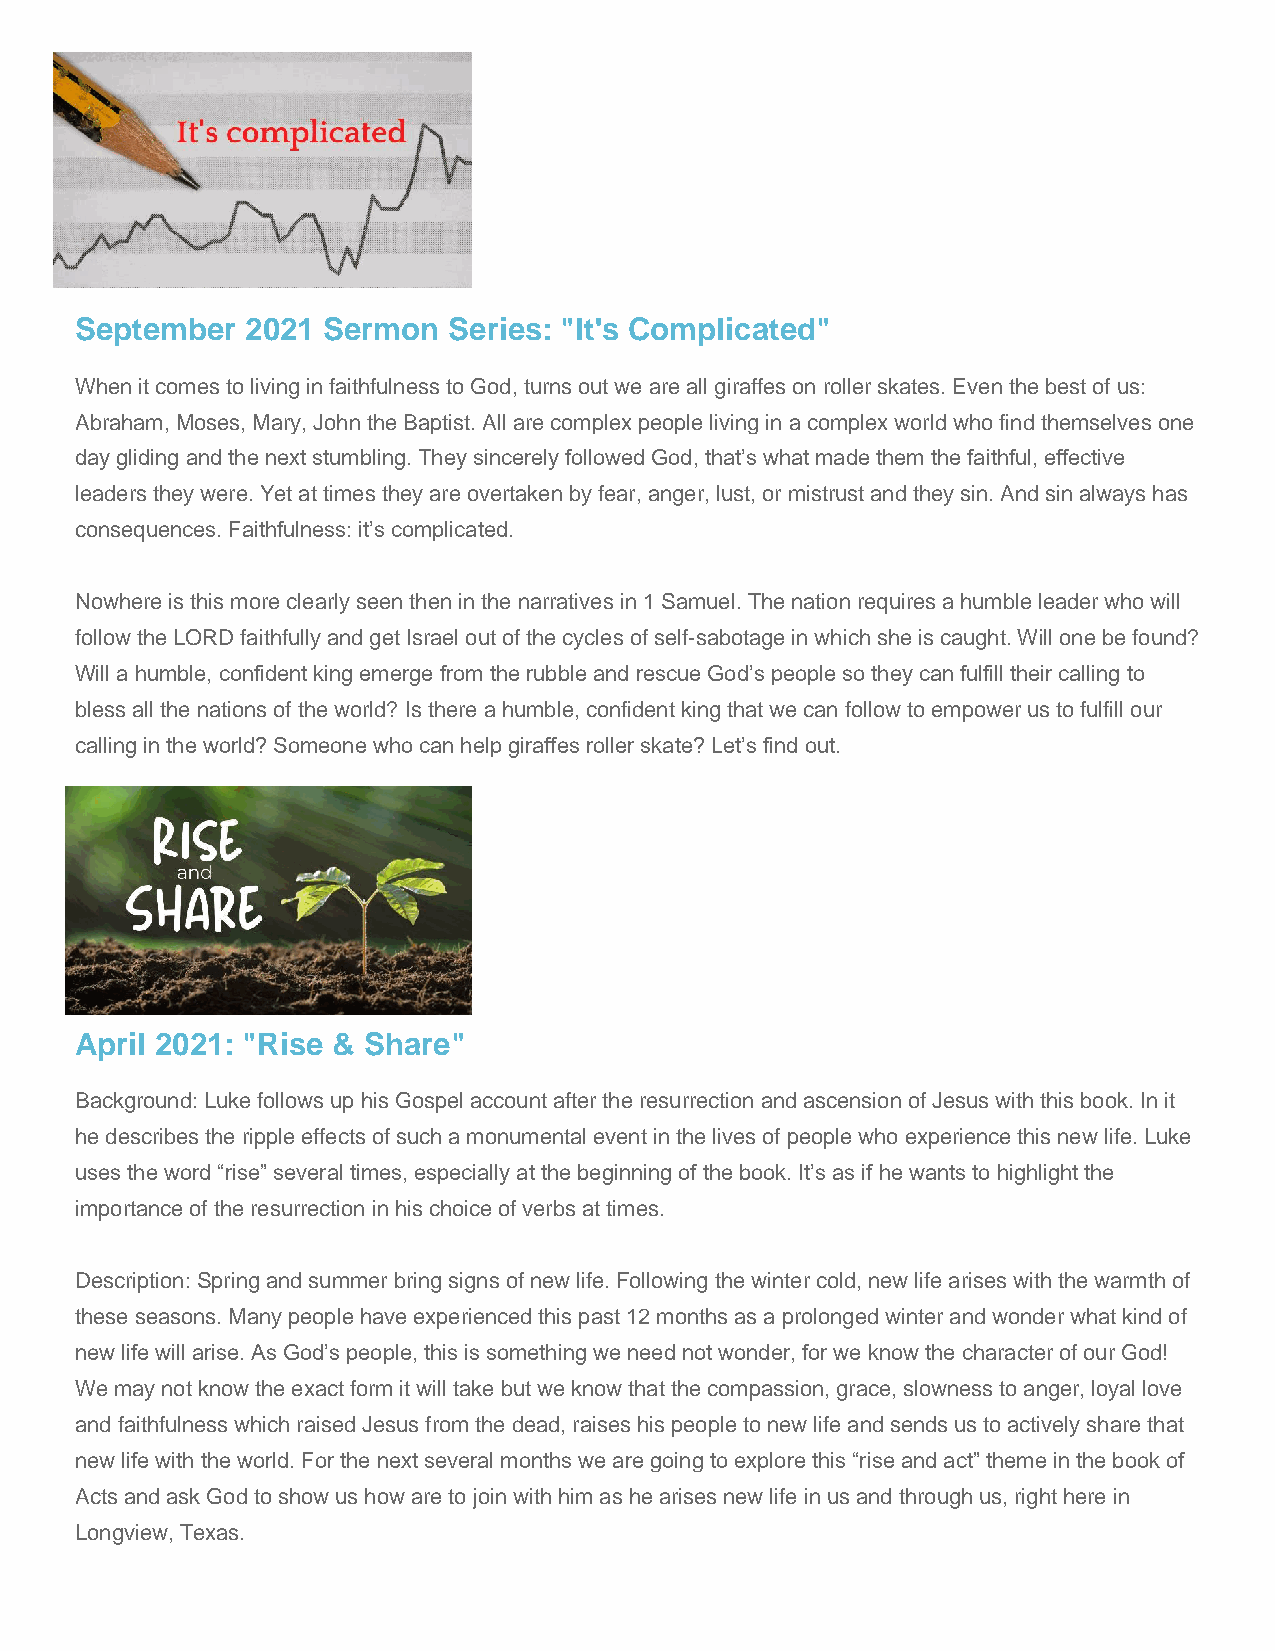
September  2021 Sermon   Series: "It's Complicated"
 When it comes to living in faithfulness to God, turns out we are all giraffes on roller skates. Even the best of us:
 Abraham, Moses, Mary, John the Baptist. All are complex people living in a complex world who find themselves one
 day gliding and the next stumbling. They sincerely followed God, that’s what made them the faithful, effective
 leaders they were. Yet at times they are overtaken by fear, anger, lust, or mistrust and they sin. And sin always has
 consequences. Faithfulness: it’s complicated.
 Nowhere is this more clearly seen then in the narratives in 1 Samuel. The nation requires a humble leader who will
 follow the LORD faithfully and get Israel out of the cycles of self-sabotage in which she is caught. Will one be found?
 Will a humble, confident king emerge from the rubble and rescue God’s people so they can fulfill their calling to
 bless all the nations of the world? Is there a humble, confident king that we can follow to empower us to fulfill our
 calling in the world? Someone who can help giraffes roller skate? Let’s find out.
 April 2021: "Rise & Share"
 Background: Luke follows up his Gospel account after the resurrection and ascension of Jesus with this book. In it
 he describes the ripple effects of such a monumental event in the lives of people who experience this new life. Luke
 uses the word “rise” several times, especially at the beginning of the book. It’s as if he wants to highlight the
 importance of the resurrection in his choice of verbs at times.
 Description: Spring and summer bring signs of new life. Following the winter cold, new life arises with the warmth of
 these seasons. Many people have experienced this past 12 months as a prolonged winter and wonder what kind of
 new life will arise. As God’s people, this is something we need not wonder, for we know the character of our God!
 We may not know the exact form it will take but we know that the compassion, grace, slowness to anger, loyal love
 and faithfulness which raised Jesus from the dead, raises his people to new life and sends us to actively share that
 new life with the world. For the next several months we are going to explore this “rise and act” theme in the book of
 Acts and ask God to show us how are to join with him as he arises new life in us and through us, right here in
 Longview, Texas.